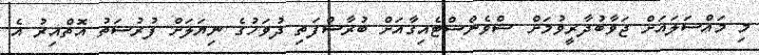
މި މައްސަލައަށް ޖަވާބުދާރީވުމަށް ޝްވެންސްޓެއިގާއަށް ބުރާސްފަތި ދުވަހުގެ ނިޔަލަށް ފުރުސަތު އޮތްއިރު އެ